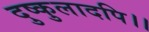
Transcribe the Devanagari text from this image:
दुष्कुलादपि।।